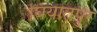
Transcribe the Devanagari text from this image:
घियातपुर